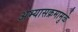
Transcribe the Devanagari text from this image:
अभ्यासक्रमामुळे